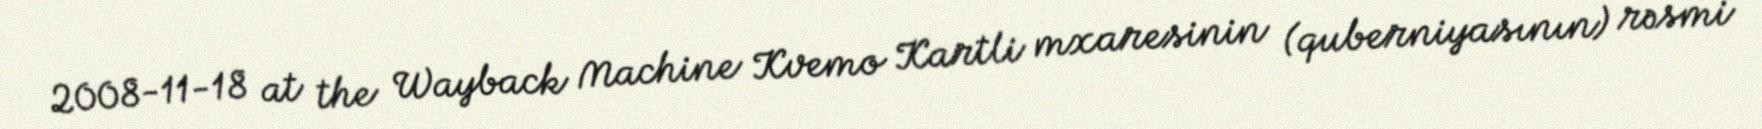
2008-11-18 at the Wayback Machine Kvemo Kartli mxaresinin (quberniyasının) rəsmi